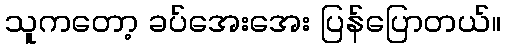
သူကတော့ ခပ်အေးအေး ပြန်ပြောတယ်။